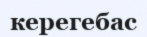
керегебас